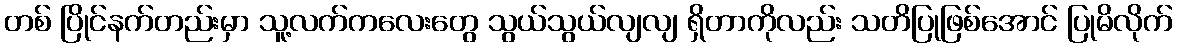
တစ် ပြိုင်နက်တည်းမှာ သူ့လက်ကလေးတွေ သွယ်သွယ်လျလျ ရှိတာကိုလည်း သတိပြုဖြစ်အောင် ပြုမိလိုက်